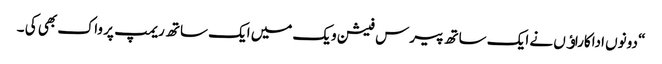
“ دونوں اداکاراﺅں نے ایک ساتھ پیرس فیشن ویک میں ایک ساتھ ریمپ پر واک بھی کی ۔